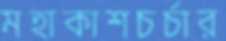
মহাকাশচর্চার